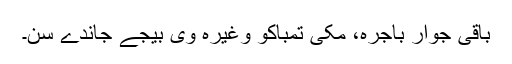
باقی جوار باجرہ، مکّی تمباکو وغیرہ وی بیجے جاندے سن۔